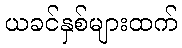
ယခင်နှစ်များထက်